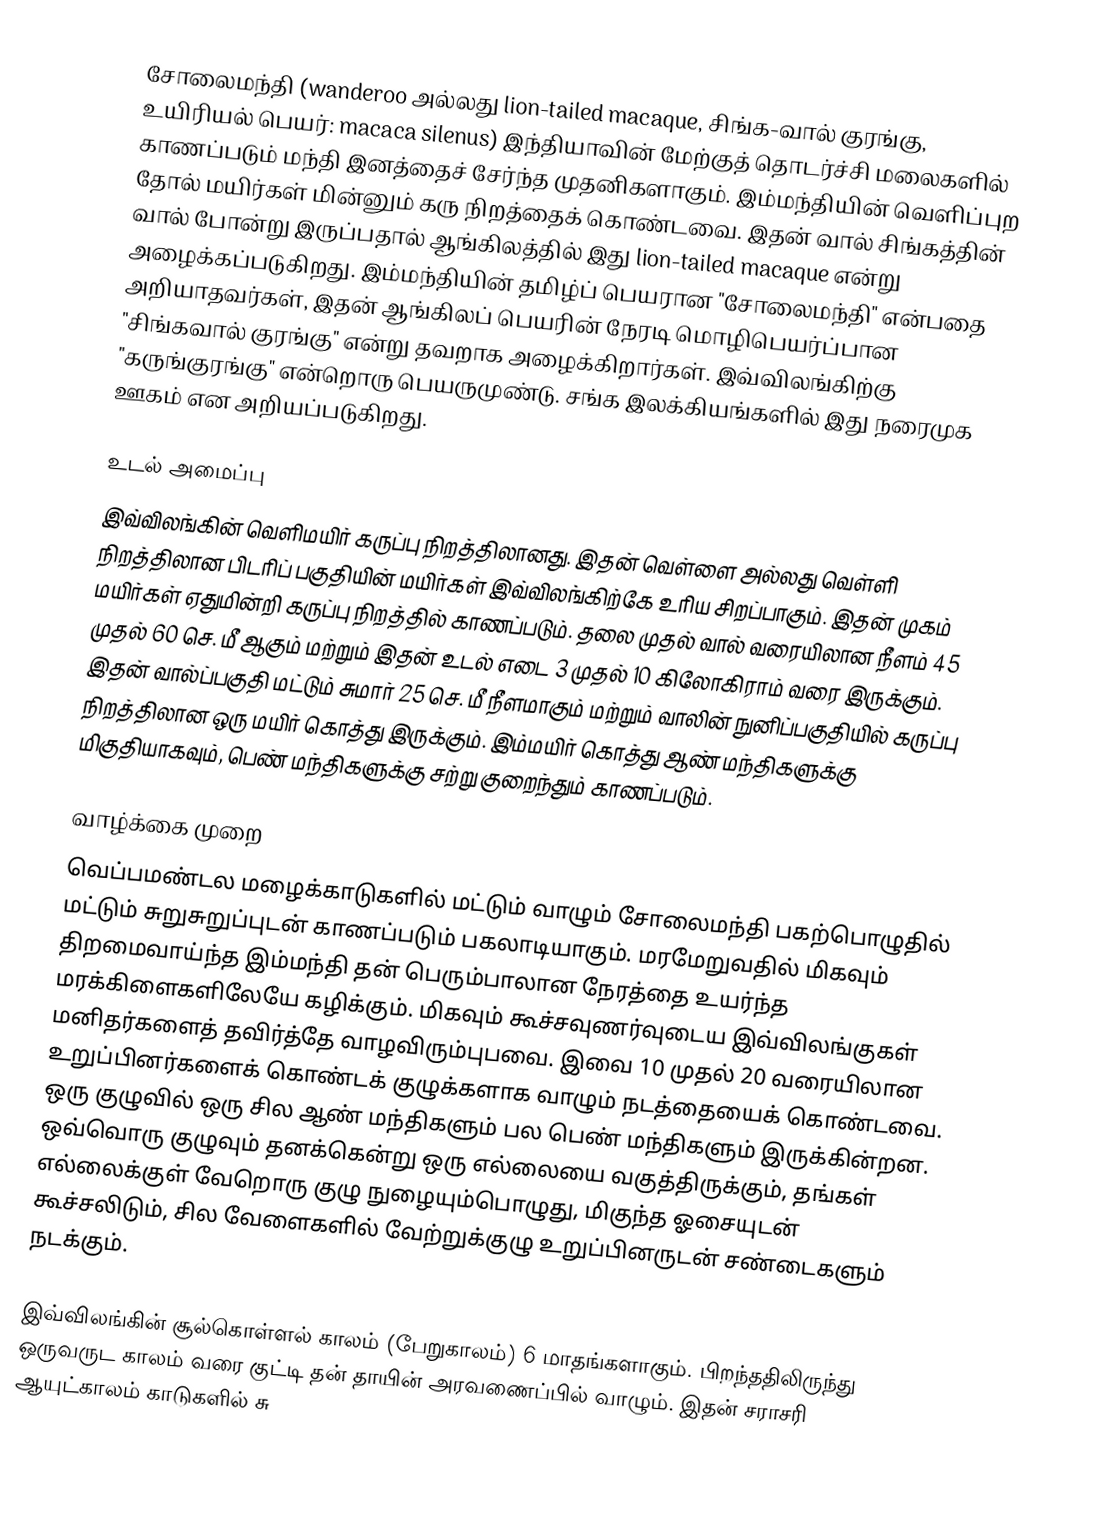
சோலைமந்தி (wanderoo அல்லது lion-tailed macaque, சிங்க-வால் குரங்கு, உயிரியல் பெயர்: macaca silenus) இந்தியாவின் மேற்குத் தொடர்ச்சி மலைகளில் காணப்படும் மந்தி இனத்தைச் சேர்ந்த முதனிகளாகும். இம்மந்தியின் வெளிப்புற தோல் மயிர்கள் மின்னும் கரு நிறத்தைக் கொண்டவை. இதன் வால் சிங்கத்தின் வால் போன்று இருப்பதால் ஆங்கிலத்தில் இது lion-tailed macaque என்று அழைக்கப்படுகிறது. இம்மந்தியின் தமிழ்ப் பெயரான "சோலைமந்தி" என்பதை அறியாதவர்கள், இதன் ஆங்கிலப் பெயரின் நேரடி மொழிபெயர்ப்பான "சிங்கவால் குரங்கு" என்று தவறாக அழைக்கிறார்கள். இவ்விலங்கிற்கு "கருங்குரங்கு" என்றொரு பெயருமுண்டு. சங்க இலக்கியங்களில் இது நரைமுக ஊகம் என அறியப்படுகிறது.

உடல் அமைப்பு
இவ்விலங்கின் வெளிமயிர் கருப்பு நிறத்திலானது. இதன் வெள்ளை அல்லது வெள்ளி நிறத்திலான பிடரிப் பகுதியின் மயிர்கள் இவ்விலங்கிற்கே உரிய சிறப்பாகும். இதன் முகம் மயிர்கள் ஏதுமின்றி கருப்பு நிறத்தில் காணப்படும். தலை முதல் வால் வரையிலான நீளம் 45 முதல் 60 செ. மீ ஆகும் மற்றும் இதன் உடல் எடை 3 முதல் 10 கிலோகிராம் வரை இருக்கும். இதன் வால்ப்பகுதி மட்டும் சுமார் 25 செ. மீ நீளமாகும் மற்றும் வாலின் நுனிப்பகுதியில் கருப்பு நிறத்திலான ஒரு மயிர் கொத்து இருக்கும். இம்மயிர் கொத்து ஆண் மந்திகளுக்கு மிகுதியாகவும், பெண் மந்திகளுக்கு சற்று குறைந்தும் காணப்படும்.

வாழ்க்கை முறை
வெப்பமண்டல மழைக்காடுகளில் மட்டும் வாழும் சோலைமந்தி பகற்பொழுதில் மட்டும் சுறுசுறுப்புடன் காணப்படும் பகலாடியாகும். மரமேறுவதில் மிகவும் திறமைவாய்ந்த இம்மந்தி தன் பெரும்பாலான நேரத்தை உயர்ந்த மரக்கிளைகளிலேயே கழிக்கும். மிகவும் கூச்சவுணர்வுடைய இவ்விலங்குகள் மனிதர்களைத் தவிர்த்தே வாழவிரும்புபவை. இவை 10 முதல் 20 வரையிலான உறுப்பினர்களைக் கொண்டக் குழுக்களாக வாழும் நடத்தையைக் கொண்டவை. ஒரு குழுவில் ஒரு சில ஆண் மந்திகளும் பல பெண் மந்திகளும் இருக்கின்றன. ஒவ்வொரு குழுவும் தனக்கென்று ஒரு எல்லையை வகுத்திருக்கும், தங்கள் எல்லைக்குள் வேறொரு குழு நுழையும்பொழுது, மிகுந்த ஓசையுடன் கூச்சலிடும், சில வேளைகளில் வேற்றுக்குழு உறுப்பினருடன் சண்டைகளும் நடக்கும்.

இவ்விலங்கின் சூல்கொள்ளல் காலம் (பேறுகாலம்) 6 மாதங்களாகும். பிறந்ததிலிருந்து ஒருவருட காலம் வரை குட்டி தன் தாயின் அரவணைப்பில் வாழும். இதன் சராசரி ஆயுட்காலம் காடுகளில் சு